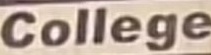
College